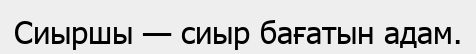
Сиыршы — сиыр бағатын адам.